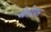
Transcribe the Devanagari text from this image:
जेसेफ